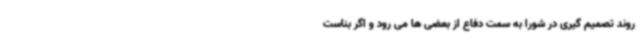
روند تصمیم گیری در شورا به سمت دفاع از بعضی ها می رود و اگر بناست